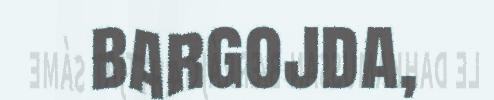
bargojda,